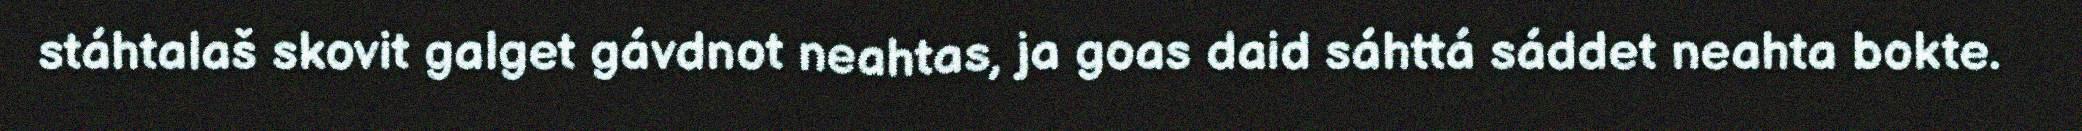
stáhtalaš skovit galget gávdnot neahtas, ja goas daid sáhttá sáddet neahta bokte.